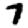
Digit: 7